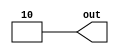
module attr_set (
  output [1:0] out
);

assign out = 2'd2;

endmodule